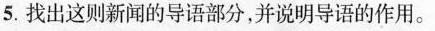
5. 找出这则新闻的导语部分，并说明导语的作用。